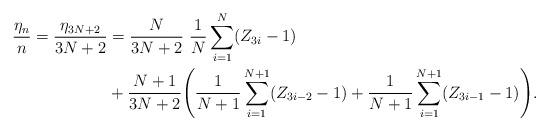
LaTeX: \begin{align*}\frac{\eta_n}{n}=\frac{\eta_{3N+2}}{3N+2}&=\frac{N}{3N+2} \ \frac{1}{N}\sum_{i=1}^N(Z_{3i}-1)\\&+\frac{N+1}{3N+2} \Biggl(\frac{1}{N+1}\sum_{i=1}^{N+1}(Z_{3i-2}-1)+\frac{1}{N+1}\sum_{i=1}^{N+1}(Z_{3i-1}-1) \Biggr).\end{align*}